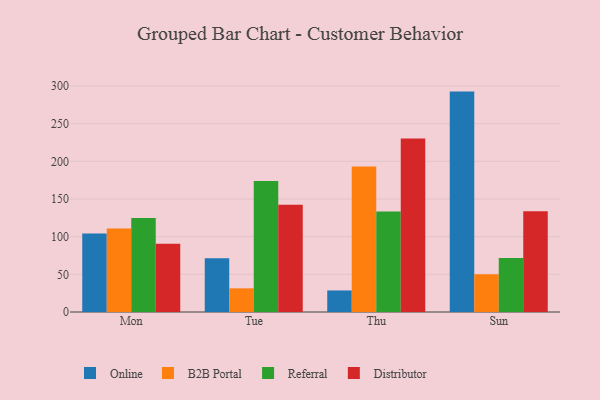
{"axis": {"x": "Day", "y": "Churn Rate (%)"}, "legend": ["B2B Portal", "Distributor", "Online", "Referral"], "data": [{"x": "Mon", "y": 104.3, "type": "Online"}, {"x": "Mon", "y": 110.7, "type": "B2B Portal"}, {"x": "Mon", "y": 124.7, "type": "Referral"}, {"x": "Mon", "y": 90.5, "type": "Distributor"}, {"x": "Tue", "y": 71.3, "type": "Online"}, {"x": "Tue", "y": 31.4, "type": "B2B Portal"}, {"x": "Tue", "y": 174.0, "type": "Referral"}, {"x": "Tue", "y": 142.3, "type": "Distributor"}, {"x": "Thu", "y": 28.6, "type": "Online"}, {"x": "Thu", "y": 193.1, "type": "B2B Portal"}, {"x": "Thu", "y": 133.3, "type": "Referral"}, {"x": "Thu", "y": 230.1, "type": "Distributor"}, {"x": "Sun", "y": 292.5, "type": "Online"}, {"x": "Sun", "y": 50.2, "type": "B2B Portal"}, {"x": "Sun", "y": 71.6, "type": "Referral"}, {"x": "Sun", "y": 133.8, "type": "Distributor"}]}